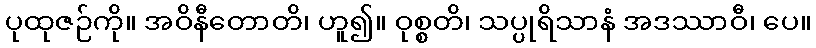
ပုထုဇဉ်ကို။ အဝိနီတောတိ၊ ဟူ၍။ ဝုစ္စတိ၊ သပ္ပုရိသာနံ အဒဿာဝီ၊ ပေ။